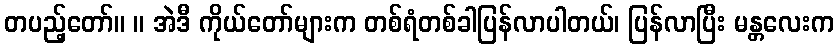
တပည့်တော်။ ။ အဲဒီ ကိုယ်တော်များက တစ်ရံတစ်ခါပြန်လာပါတယ်၊ ပြန်လာပြီး မန္တလေးက